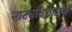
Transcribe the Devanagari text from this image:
नाट्यविद्यालयों